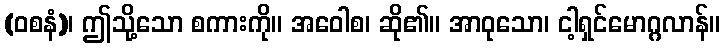
(ဝစနံ)၊ ဤသို့သော စကားကို။ အဝေါစ၊ ဆို၏။ အာဝုသော၊ ငါ့ရှင်မောဂ္ဂလာန်။